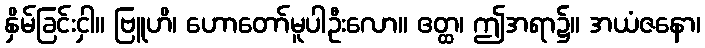
နှိမ်ခြင်းငှါ။ ဗြူဟိ၊ ဟောတော်မူပါဦးလော။ ဧတ္ထ၊ ဤအရာ၌။ အယံဇနော၊